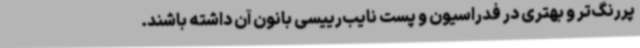
پررنگ‌تر و بهتری در فدراسیون و پست نایب‌رییسی بانون آن داشته باشند.